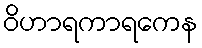
ဝိဟာရကာရကေန